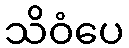
သိဝံပေ